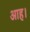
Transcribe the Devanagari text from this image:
आह।